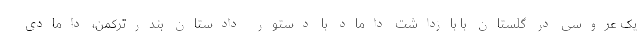
یک عروسی در گلستان با بازداشت داماد با دستور دادستان بندرترکمن، دامادی